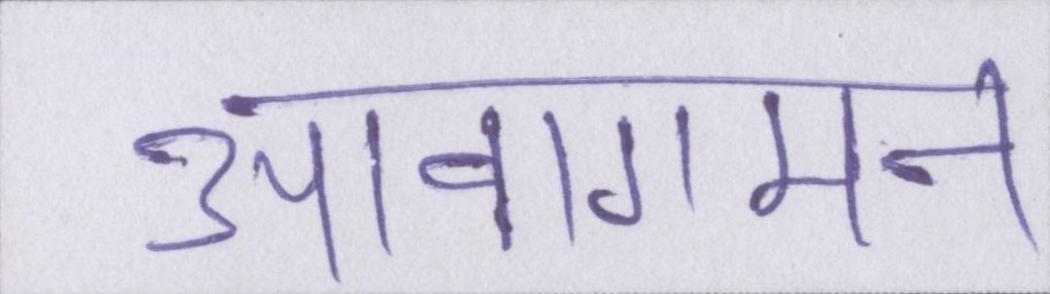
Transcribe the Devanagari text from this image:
आवागमन